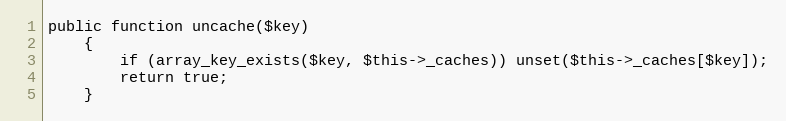
Language: PHP
public function uncache($key)
    {
        if (array_key_exists($key, $this->_caches)) unset($this->_caches[$key]);
        return true;
    }